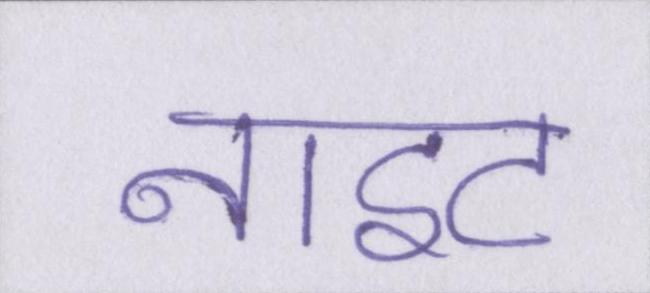
नाइट